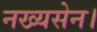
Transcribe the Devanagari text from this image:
नख्यसेन।